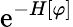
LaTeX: \mathrm{e}^{-H[\varphi]}